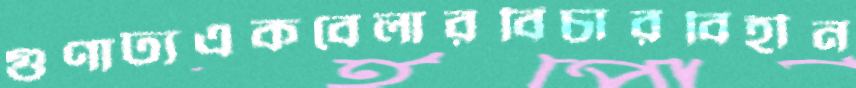
গুণাঢ্যএকবেলারবিচারবিহীন